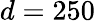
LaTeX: d=250